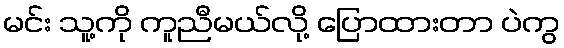
မင်း သူ့ကို ကူညီမယ်လို့ ပြောထားတာ ပဲကွ